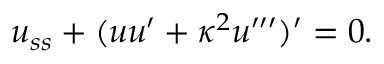
u _ { s s } + ( u u ^ { \prime } + \kappa ^ { 2 } u ^ { \prime \prime \prime } ) ^ { \prime } = 0 .